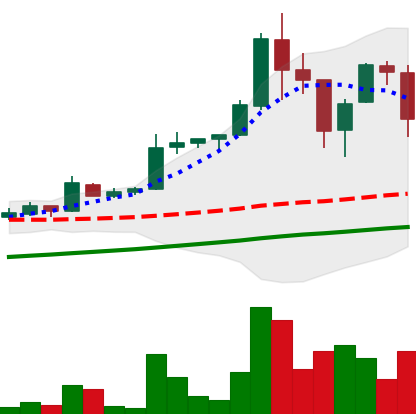
Ticker: LTC-USD
Chart end date: 2017-09-08
Forward return: -8.946%
Label: down_7plus